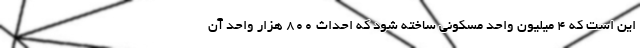
این است که 4 میلیون واحد مسکونی ساخته شود که احداث 800 هزار واحد آن